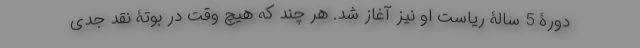
دورۀ 5 سالۀ ریاست او نیز آغاز شد. هر چند که هیچ وقت در بوتۀ نقد جدی